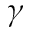
\gamma